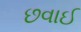
છવાઈ